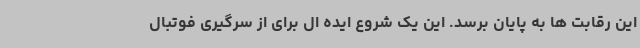
این رقابت ها به پایان برسد. این یک شروع ایده ال برای از سرگیری فوتبال